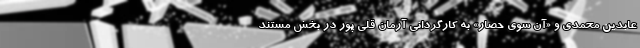
عابدین محمدی و «آن سوی حصار» به کارگردانی آرمان قلی پور در بخش مستند